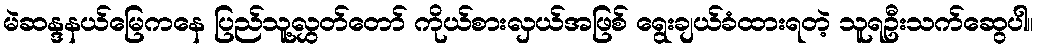
မဲဆန္ဒနယ်မြေကနေ ပြည်သူ့လွှတ်တော် ကိုယ်စားလှယ်အဖြစ် ရွေးချယ်ခံထားရတဲ့ သူရဦးသက်ဆွေပါ။